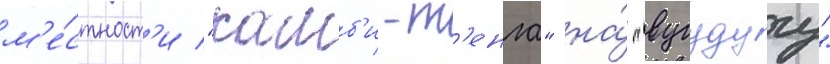
м'е́стност'и "камб'и-т'енга" на́ "вугудугу"